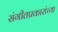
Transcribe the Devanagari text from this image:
संगीतप्रकारांच्या